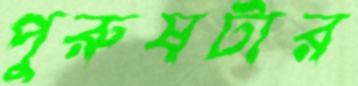
পুরুষটার